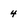
Character: 4